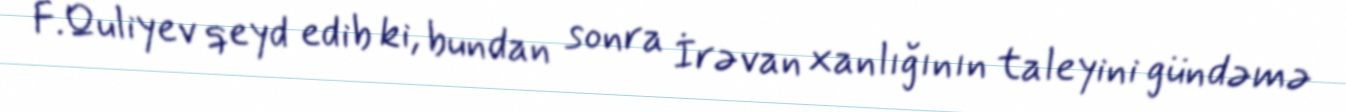
F.Quliyev qeyd edib ki, bundan sonra İrəvan xanlığının taleyini gündəmə